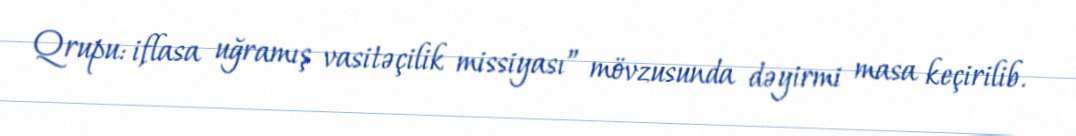
Qrupu: iflasa uğramış vasitəçilik missiyası” mövzusunda dəyirmi masa keçirilib.